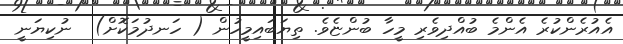
އެއުރެންކުރެ އެންމެ ބުއްދިވެރި މީހާ ބުންޏެވެ. ތިޔަބައިމީހުން ( ހަނދުމަކޮށް)  ނުކިޔަނީ